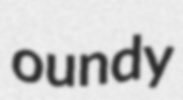
oundy